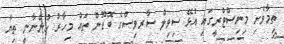
ތިމާވެށި މިނިސްޓްރީގައި އުޅޭ ސިވިލް ސާރވިސްގެ ބޮޑޫން ތައް މިހާރު ހުންނާނީ ތިޔާ